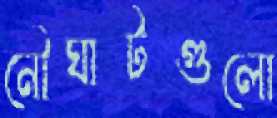
নৌঘাটগুলো